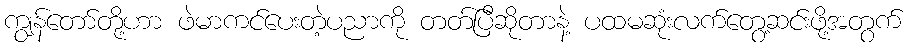
ကျွန်တော်တို့ဟာ ဖဲမာကင်ပေးတဲ့ပညာကို တတ်ပြီဆိုတာနဲ့ ပထမဆုံးလက်တွေ့ဆင်းဖို့အတွက်